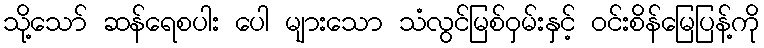
သို့သော် ဆန်ရေစပါး ပေါ များသော သံလွင်မြစ်ဝှမ်းနှင့် ဝင်းစိန်မြေပြန့်ကို